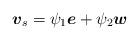
LaTeX: \begin{align*}\mbox{\mathversion{bold}$v$}_{s}=\psi _{1}\mbox{\mathversion{bold}$e$}+\psi_{2}\mbox{\mathversion{bold}$w$}\end{align*}